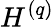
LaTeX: H^{(q)}